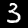
Label: 3